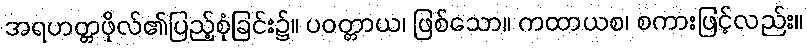
အရဟတ္တဖိုလ်၏ပြည့်စုံခြင်း၌။ ပဝတ္တာယ၊ ဖြစ်သော။ ကထာယစ၊ စကားဖြင့်လည်း။